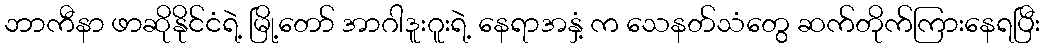
ဘာကီနာ ဖာဆိုနိုင်ငံရဲ့ မြို့တော် အာဂါဒူးဂူးရဲ့ နေရာအနှံ့ က သေနတ်သံတွေ ဆက်တိုက်ကြားနေရပြီး